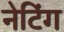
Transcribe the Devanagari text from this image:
नेटिंग